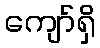
ကျော်ရှိ